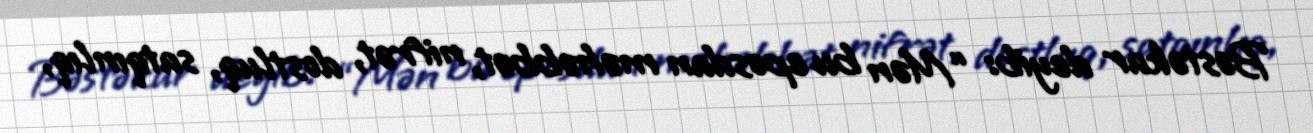
Bəstəkar deyib: “Mən bu eposdan məhəbbət, nifrət, dostluq, satqınlıq,